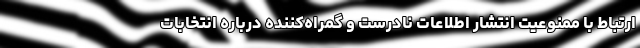
ارتباط با ممنوعیت انتشار اطلاعات نادرست و گمراه‌کننده درباره انتخابات